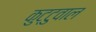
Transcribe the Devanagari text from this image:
कुट्टुवाल